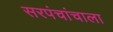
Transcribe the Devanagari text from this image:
सरपंचांचाला